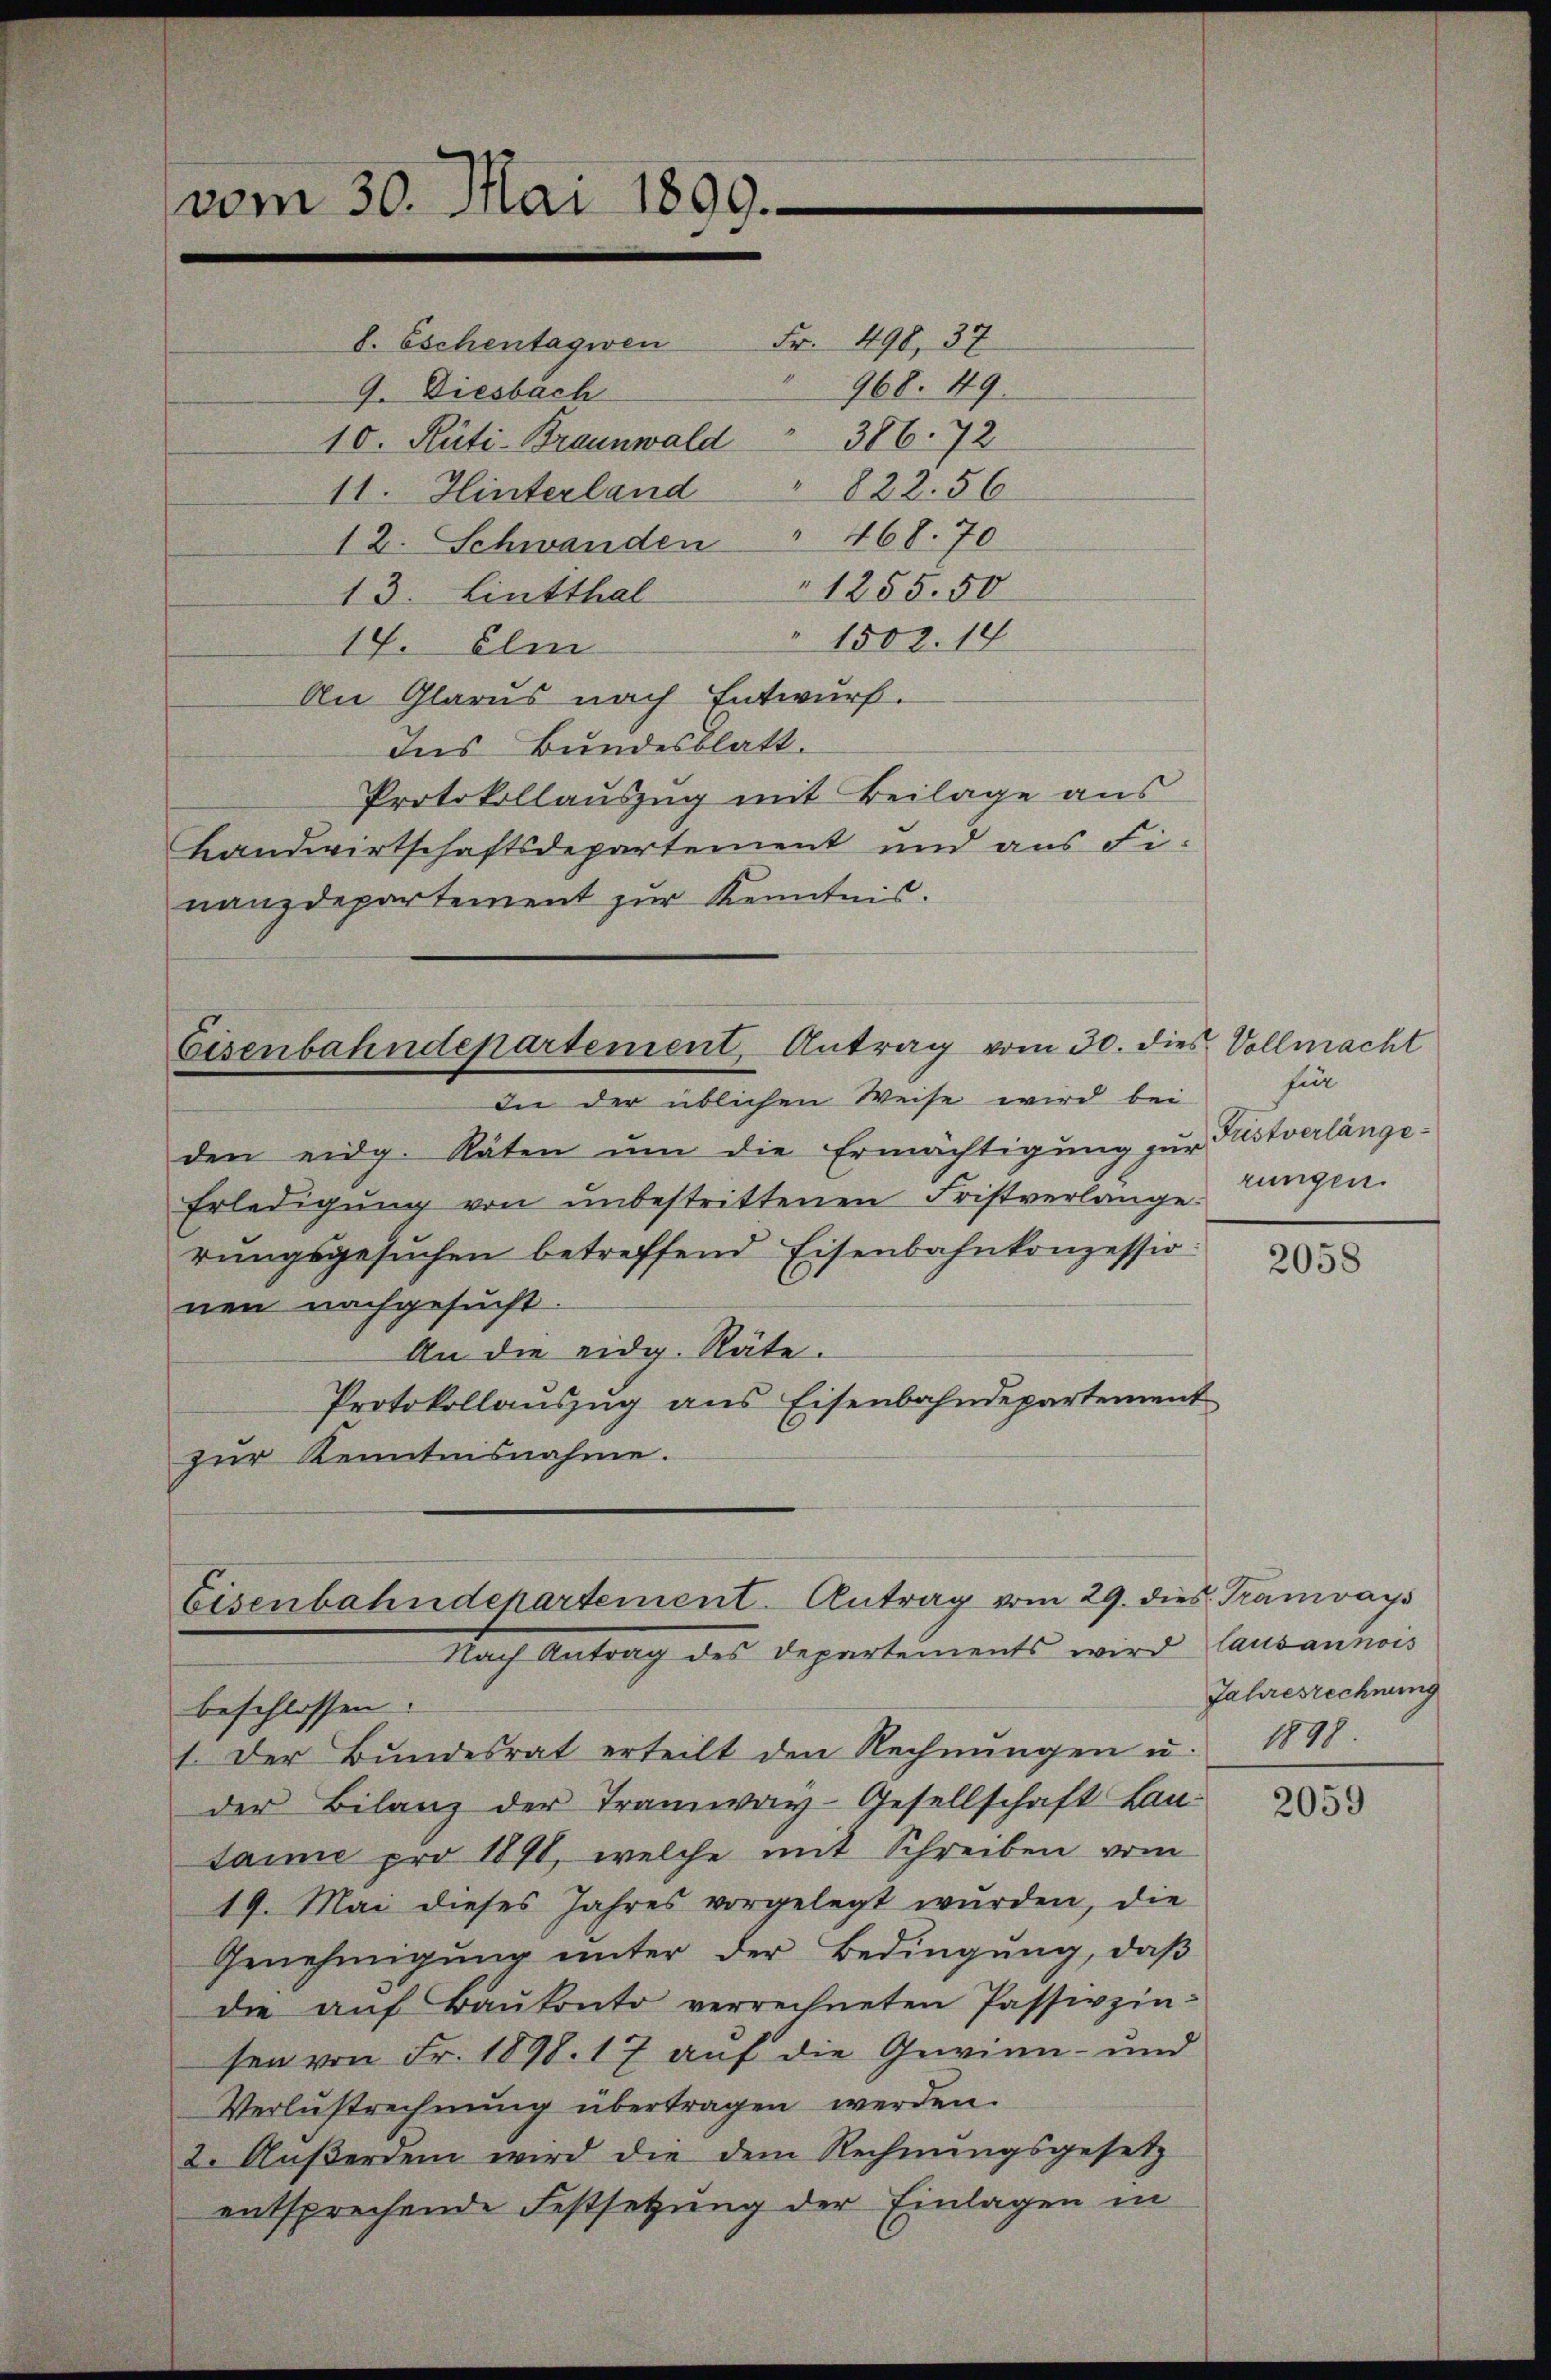
8. Eschentagien Fr. 498, 37
968. 49.
9. Diesbach
10. Rüti-Braunwald 386. 72
11. Hinterland " 828. 56
12. Schwanden " 468. 70
1255. 50
13. Lintthal
1502. 18
17. Elm
An Glarus nach Entwurf.
Ins Bundesblatt.
Protokollauszug mit Beilage aus
Landwirtschaftsdepartement und aus Finanzdepartement zur Kenntnis.

vom 30. Mai 1899.

Eisenbahndepartement, Antrag vom 30. dies Vollmacht
Ine der üblichen Weise wird bei

den eidg. Räten um die Ermächtigung zur
Erledigŭng von ŭnbestrittenen Fristverlange
rŭngsgesŭchen betreffend Eisenbahnkonzessio
nen nachgesucht.
An die eidg. Räte.
Protokollauszug aus Eisenbahndepartement
zur Kenntnisnahme.

Eisenbahndepartement-Antrag vom 29. dies Tramways
Nach Antrag des Departements wird lausannois

beschlossen:
1. Der Bŭndesrat erteilt den Rechnŭngen u. 1898
der Bilanz der Tramway-Gesellschaft Lan-
taime pro 1890, welche mit Schreiben vom
19. Mai dieses Jahres vorgelegt wurden, die
Genehmigŭng ŭnter der Bedingŭng, daβ
die auf Baŭkonto verrechneten Passivzinsen von Fr. 1898. 17 auf die Gewinn- und
Verlustrechnung übertragen werden.
2. Aŭβerdem wird die dem Rechnŭngsgesetz
entsprechende Festsetzung der Einlagen in

für
Fustverlänge:
rungen.

2058

Jahresrechnung

2059